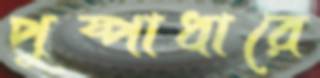
পুষ্পাধারে